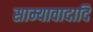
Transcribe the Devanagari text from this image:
साम्यावादादि